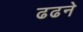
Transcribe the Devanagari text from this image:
ढढने